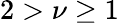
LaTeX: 2>\nu\geq 1